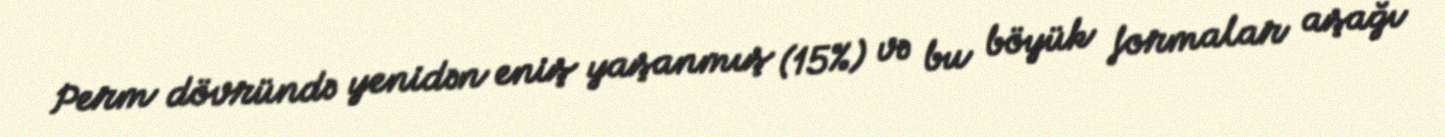
Perm dövründə yenidən eniş yaşanmış (15%) və bu böyük formalar aşağı